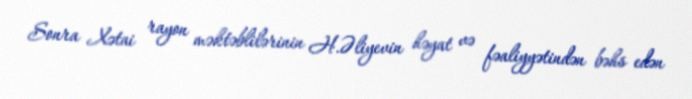
Sonra Xətai rayon məktəblilərinin H.Əliyevin həyat və fəaliyyətindən bəhs edən